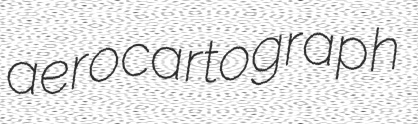
aerocartograph